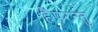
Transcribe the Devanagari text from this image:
हैपरन्तु